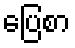
ပြေစာ